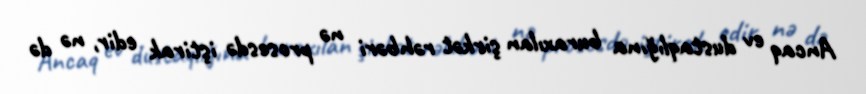
Ancaq ev dustaqlığına buraxılan şirkət rəhbəri nə prosesdə iştirak edir, nə də